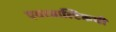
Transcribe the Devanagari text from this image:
एयरबाल्टिकची